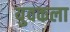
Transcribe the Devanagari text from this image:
युवकला